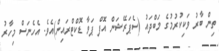
ތިން ބާރު ވަކިކުރުމުގެ މަބްދައު (ސެޕަރޭޝަން އޮފް ޕަވާ ޑޮކްޓްރައިން)އެވެ. އެހެނަސް މިހާރު